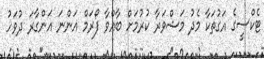
ޓެކްސީގެ އަގުތަކާ މެދު މަޝްވަރާ ކުރުމަށް ބާއްވާ ފޯރަމް އަންނަ އަންގާރަ ދުވަހު